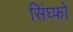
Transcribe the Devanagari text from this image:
सिंघ्फो